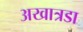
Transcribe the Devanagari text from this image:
अखात्रडा